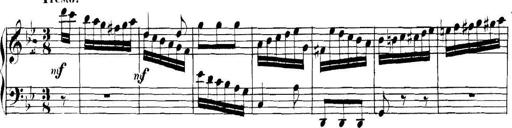
Title: Collected Piano Sonatas
Composer: Muzio Clementi